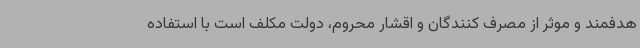
هدفمند و موثر از مصرف کنندگان و اقشار محروم، دولت مکلف است با استفاده